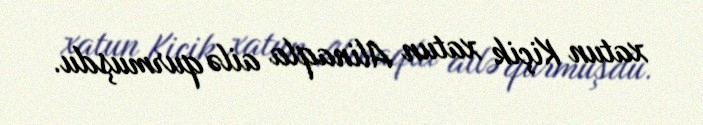
xatun Kiçik xatun Alinaqla ailə qurmuşdu.